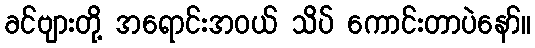
ခင်ဗျားတို့ အရောင်းအဝယ် သိပ် ကောင်းတာပဲနော်။